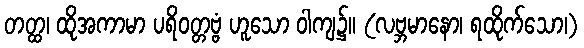
တတ္ထ၊ ထိုအကာမာ ပရိဝတ္တဗ္ဗံ ဟူသော ဝါကျ၌။ (လဗ္ဘမာနော၊ ရထိုက်သော၊)